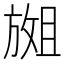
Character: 𫿇